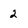
Character: 2